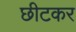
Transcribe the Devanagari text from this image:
छीटकर